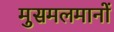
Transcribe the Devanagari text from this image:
मुसमलमानों